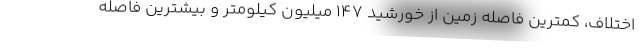
اختلاف، کمترین فاصله زمین از خورشید ۱۴۷ میلیون کیلومتر و بیشترین فاصله